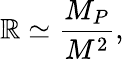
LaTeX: \mathbb{R}\simeq\frac{{M_{P}}}{{M^{2}}},